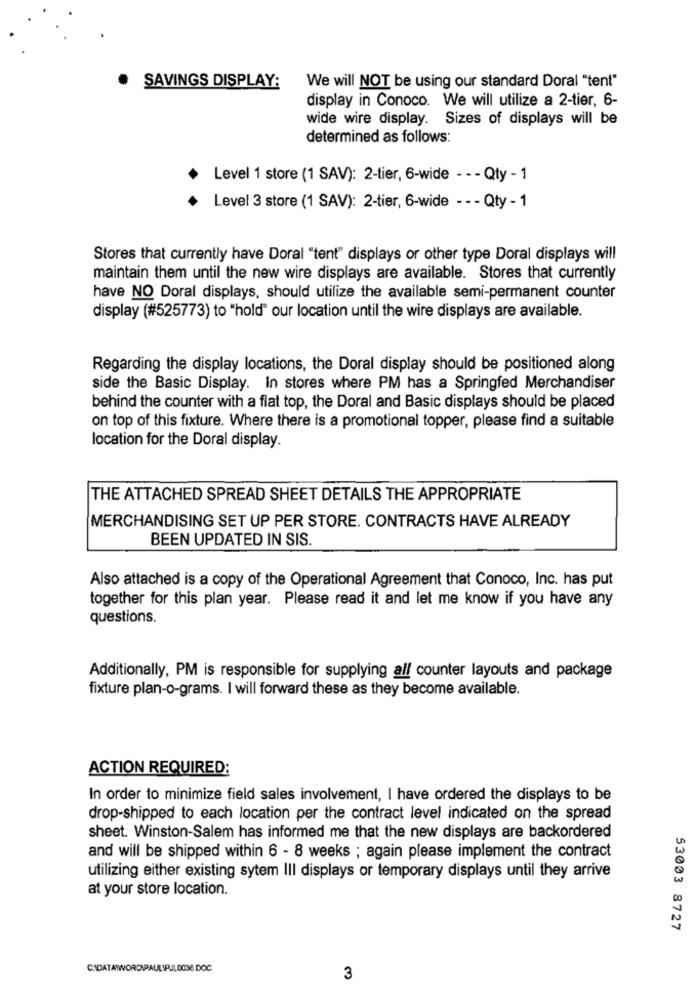
SAVINGS DISPLAY:
We will NOT be using our standard Doral "tent"
display in Conoco. We will utilize a 2-tier, 6-
wide wire display. Sizes of displays will be
determined as follows:
Level 1 store (1 SAV): 2-tier, 6-wide - - - Qty - 1
Level 3 store (1 SAV): 2-tier, 6-wide - - - Qty - 1
Stores that currently have Doral "tent" displays or other type Doral displays will
maintain them until the new wire displays are available. Stores that currently
have NO Doral displays, should utilize the available semi-permanent counter
display (#525773) to "hold" our location until the wire displays are available.
Regarding the display locations, the Doral display should be positioned along
side the Basic Display. In stores where PM has a Springfed Merchandiser
behind the counter with a flat top, the Doral and Basic displays should be placed
on top of this fixture. Where there is a promotional topper, please find a suitable
location for the Doral display.
THE ATTACHED SPREAD SHEET DETAILS THE APPROPRIATE
MERCHANDISING SET UP PER STORE. CONTRACTS HAVE ALREADY
BEEN UPDATED IN SIS.
Also attached is a copy of the Operational Agreement that Conoco, Inc. has put
together for this plan year. Please read it and let me know if you have any
questions.
Additionally, PM is responsible for supplying all counter layouts and package
fixture plan-o-grams. I will forward these as they become available.
ACTION REQUIRED:
In order to minimize field sales involvement, I have ordered the displays to be
drop-shipped to each location per the contract level indicated on the spread
sheet. Winston-Salem has informed me that the new displays are backordered
and will be shipped within 6 - 8 weeks ; again please implement the contract
utilizing either existing sytem III displays or temporary displays until they arrive
at your store location.
53003 8727
CIDATAWWORDIPAULIPJL0036 DOC
3